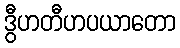
ဒွီဟတီဟပယာတော